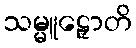
သမ္မူဠှောတိ